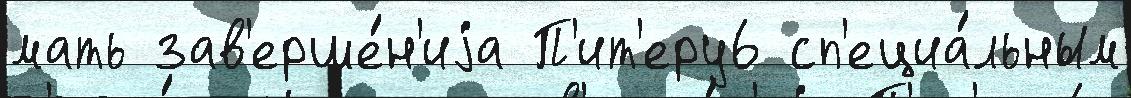
мать зав'ерше́н'иjа П'ит'еру6 сп'ециа́льным